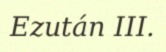
Ezután III.